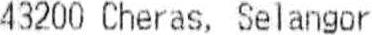
43200 CHERAS, SELANGOR